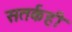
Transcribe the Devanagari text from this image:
सतर्कही